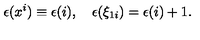
\epsilon ( x ^ { i } ) \equiv \epsilon ( i ) , \quad \epsilon ( \xi _ { 1 i } ) = \epsilon ( i ) + 1 .